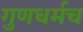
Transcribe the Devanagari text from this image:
गुणधर्मच